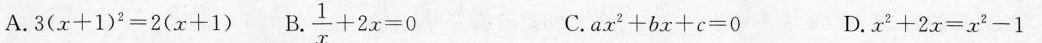
A.$$3 ( x + 1 ) ^{ 2 } = 2 ( α + 1 )$$ B. $$\frac { 1 } { x } + 2 x = 0$$ C.$$a x ^ { 2 } + b x + c = 0$$ D.$$x ^ { 2 } + 2 x = x ^ { 2 } - 1$$